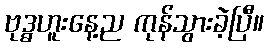
ဗုဒ္ဓဟူးနေ့ည ကုန်သွားခဲ့ပြီ။